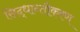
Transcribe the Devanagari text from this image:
सिद्धान्तीकरण